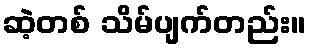
ဆဲ့တစ် သိမ်ပျက်တည်း။